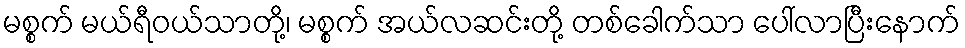
မစ္စက် မယ်ရီဝယ်သာတို့၊ မစ္စက် အယ်လဆင်းတို့ တစ်ခေါက်သာ ပေါ်လာပြီးနောက်